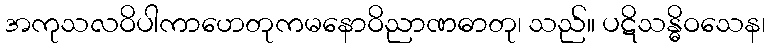
အကုသလဝိပါကာဟေတုကမနောဝိညာဏဓာတု၊ သည်။ ပဋိသန္ဓိဝသေန၊